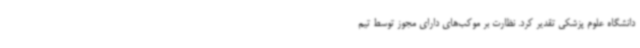
دانشگاه علوم پزشکی تقدیر کرد. نظارت بر موکب‌های دارای مجوز توسط تیم